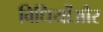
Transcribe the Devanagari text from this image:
विधियोंऔर